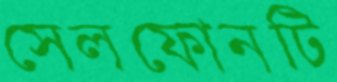
সেলফোনটি